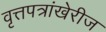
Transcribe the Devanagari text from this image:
वृत्तपत्रांखेरीज